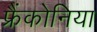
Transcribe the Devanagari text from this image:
फ्रैंकोनिया